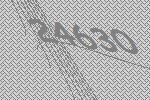
24630